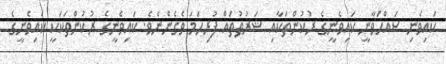
ކައިވެނި ޞައްޙަވާނީ ކައިވެނީގެ ރުކުންތަކާއި ޝަރުޠުތައް ފުރިހަމަ ވެގެންނެވެ. ކައިވެނީގެ ރުކުންތަކަކީ ކައިވެނީގެ